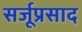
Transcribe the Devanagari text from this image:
सर्जूप्रसाद